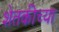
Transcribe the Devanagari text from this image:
शेतकीच्या